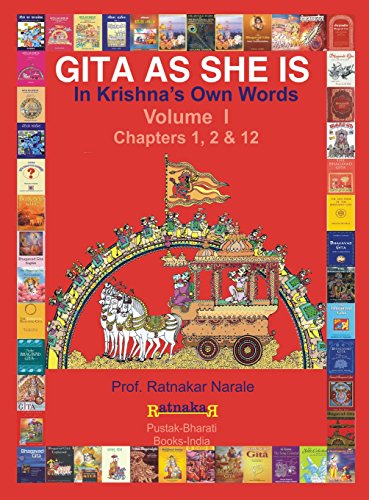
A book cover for Gita as She Is, in Krishna's Own Words; Ratnakar Narale; Religion & Spirituality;